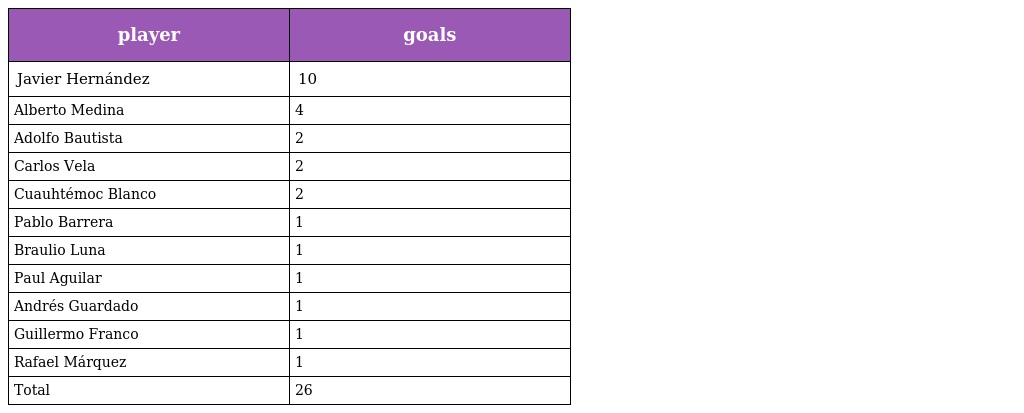
| player | goals |
 | --- | --- |
 | Javier Hernández | 10 |
 | Alberto Medina | 4 |
 | Adolfo Bautista | 2 |
 | Carlos Vela | 2 |
 | Cuauhtémoc Blanco | 2 |
 | Pablo Barrera | 1 |
 | Braulio Luna | 1 |
 | Paul Aguilar | 1 |
 | Andrés Guardado | 1 |
 | Guillermo Franco | 1 |
 | Rafael Márquez | 1 |
 | Total | 26 |